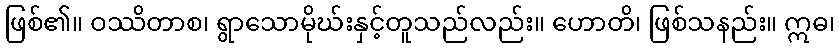
ဖြစ်၏။ ဝဿိတာစ၊ ရွာသောမိုဃ်းနှင့်တူသည်လည်း။ ဟောတိ၊ ဖြစ်သနည်း။ ဣဓ၊